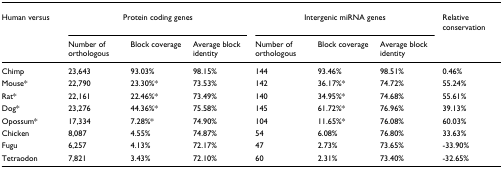
| Human versus | <COLSPAN=3> Protein coding genes | <COLSPAN=3> Intergenic miRNA genes | Relative conservation |
 |  | Number of orthologous | Block coverage | Average block identity | Number of orthologous | Block coverage | Average block identity |  |
 | --- | --- | --- | --- | --- | --- | --- | --- |
 | Chimp | 23,643 | 93.03% | 98.15% | 144 | 93.46% | 98.51% | 0.46% |
 | Mouse* | 22,790 | 23.30%* | 73.53% | 142 | 36.17%* | 74.72% | 55.24% |
 | Rat* | 22,161 | 22.46%* | 73.49% | 140 | 34.95%* | 74.68% | 55.61% |
 | Dog* | 23,276 | 44.36%* | 75.58% | 145 | 61.72%* | 76.96% | 39.13% |
 | Opossum* | 17,334 | 7.28%* | 74.90% | 104 | 11.65%* | 76.08% | 60.03% |
 | Chicken | 8,087 | 4.55% | 74.87% | 54 | 6.08% | 76.80% | 33.63% |
 | Fugu | 6,257 | 4.13% | 72.17% | 47 | 2.73% | 73.65% | -33.90% |
 | Tetraodon | 7,821 | 3.43% | 72.10% | 60 | 2.31% | 73.40% | -32.65% |